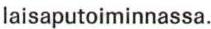
laisaputoiminnassa.